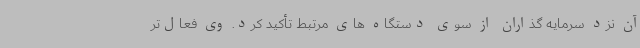
آن نزد سرمایه گذاران از سوی دستگاه های مرتبط تأکید کرد. وی فعال‌تر